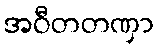
အဝီတတဏှာ